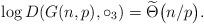
LaTeX: \begin{align*} \log D(G(n,p), \circ_{3}) = \widetilde{\Theta}\big(n / p \big). \end{align*}